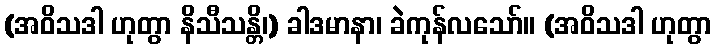
(အဝိသဒါ ဟုတွာ နိသီသန္တိ၊) ခါဒမာနာ၊ ခဲကုန်လသော်။ (အဝိသဒါ ဟုတွာ